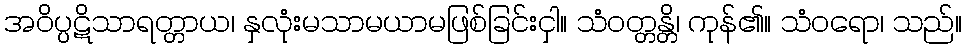
အဝိပ္ပဋိသာရတ္တာယ၊ နှလုံးမသာမယာမဖြစ်ခြင်းငှါ။ သံဝတ္တန္တိ၊ ကုန်၏။ သံဝရော၊ သည်။